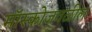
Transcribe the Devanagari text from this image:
मॉस्कोजवळील